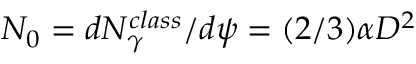
N _ { 0 } = d N _ { \gamma } ^ { c l a s s } / d \psi = ( 2 / 3 ) \alpha D ^ { 2 }